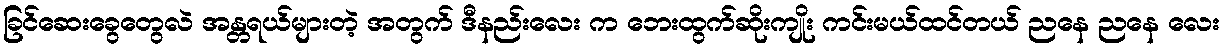
ခြင်ဆေးခွေတွေလဲ အန္တရယ်များတဲ့ အတွက် ဒီနည်းလေး က ဘေးထွက်ဆိုးကျိုး ကင်းမယ်ထင်တယ် ညနေ ညနေ လေး